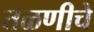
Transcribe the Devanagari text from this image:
तळणीचे